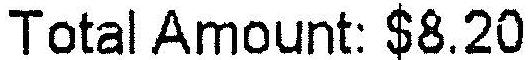
TOTAL AMOUNT: $8.20